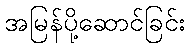
အမြန်ပို့ဆောင်ခြင်း